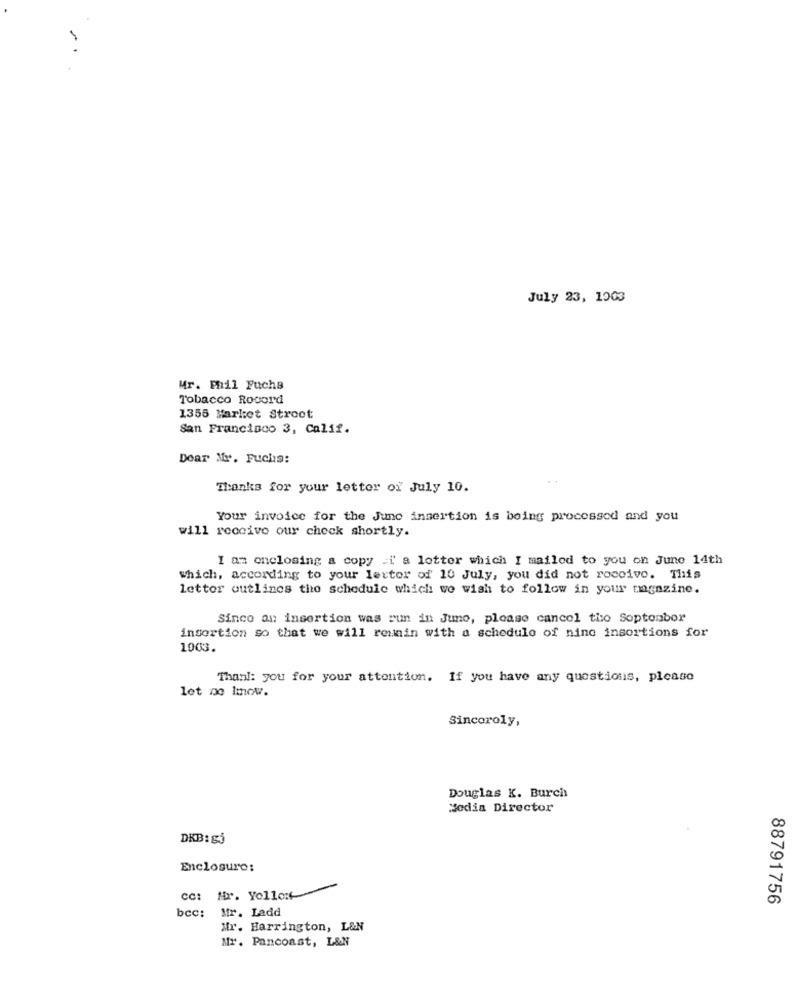
July 23, 1003
Mr. Phil Fuchs
Tobacco Rocord
1355 Market Stroot
San Francisco 3, Calif.
Dear Mr. Fuchs:
Thanks for your letter of July 10.
Your invoice for the June insertion is being processed and you
will receive our check shortly.
I am enclosing a copy =i a letter which I mailed to you on June 14th
Which, according to your letter of 10 July, you did not roceivo. This
lettor outlines the schedule which we wish to follow in your magazine.
Sinco an insertion was run in June, please cancel the Soptonbor
insertion so that we will remain with a schedule of nine insortions for
1003.
Thank: you for your attention. If you have any questions, please
let me Imow.
Sincoroly,
Douglas K. Burch
Media Director
DKB: &j
Enclosure:
cc: Hr. Yollort
88791756
bcc:
Mr. Ladd
Mr. Harrington, L&N
Nr. Pancoast, L&N